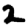
Digit: 2